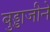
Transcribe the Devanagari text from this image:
बुड्डाजीने